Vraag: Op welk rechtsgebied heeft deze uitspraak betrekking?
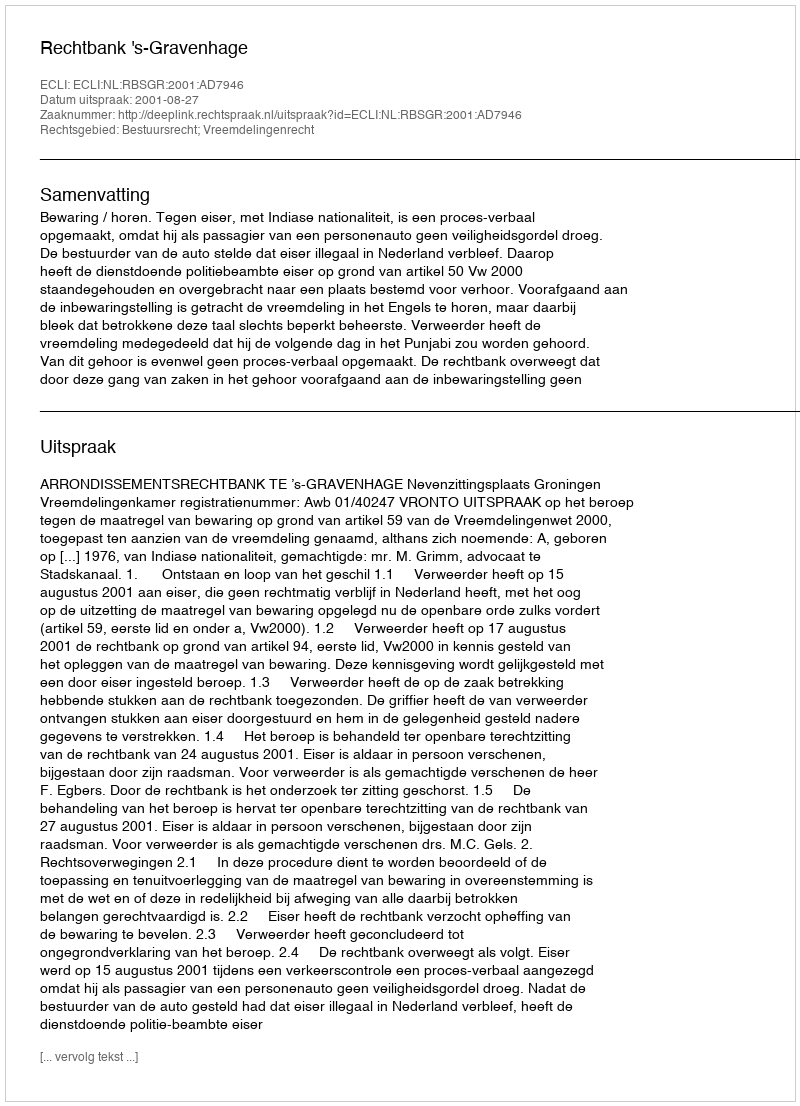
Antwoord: Bestuursrecht; Vreemdelingenrecht